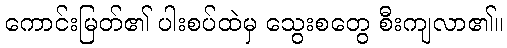
ကောင်းမြတ်၏ ပါးစပ်ထဲမှ သွေးစတွေ စီးကျလာ၏။